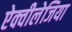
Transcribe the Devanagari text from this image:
ऐक्वीलेजिया